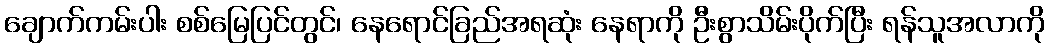
ချောက်ကမ်းပါး စစ်မြေပြင်တွင်၊ နေရောင်ခြည်အရဆုံး နေရာကို ဦးစွာသိမ်းပိုက်ပြီး ရန်သူအလာကို